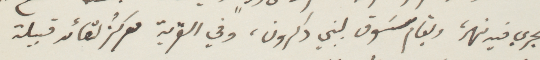
يجري فيه نهر، ويقام سوق لبني دكرون، وفي القرية مركز لقائد قبيلة